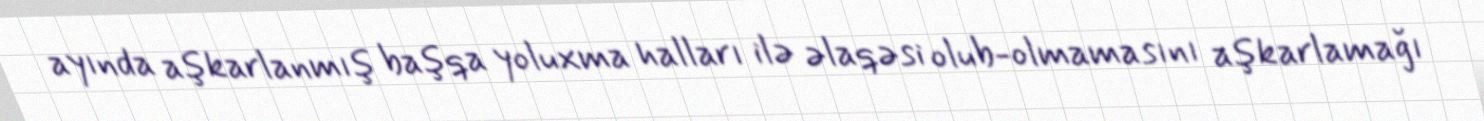
ayında aşkarlanmış başqa yoluxma halları ilə əlaqəsi olub-olmamasını aşkarlamağı